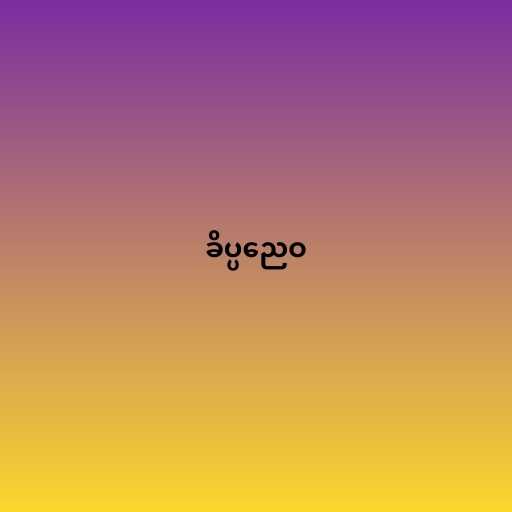
ခိပ္ပညေဝ